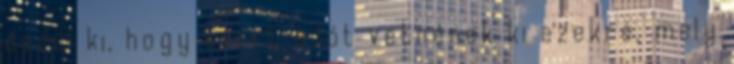
derül ki, hogy ezért adót vetnének ki ezekre, mely